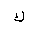
Letter: _kaf